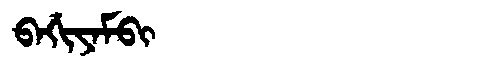
Manchu: ᠪᠠᡤᡳᠶᠠᠮᠪᡳ
Romanization: BAGIYAMBI